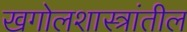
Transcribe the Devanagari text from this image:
खगोलशास्त्रांतील